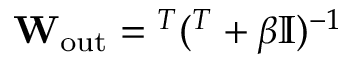
\mathbf { W _ { \mathrm { o u t } } } = \u \r ^ { T } ( \r \r ^ { T } + \beta \mathbb { I } ) ^ { - 1 }